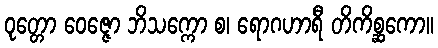
ဝုတ္တော ဝေဇ္ဇော ဘိသက္ကော စ၊ ရောဂဟာရီ တိကိစ္ဆကော။